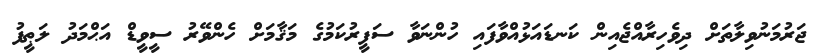
ޖަރުމަނުވިލާތަށް ދިވެހިރާއްޖެއިން ކަނޑައަޅުއްވާފައި ހުންނަވާ ސަފީރުކަމުގެ މަޤާމަށް ހެންވޭރު ސީވީޑް އަޙްމަދު ލަޠީފު